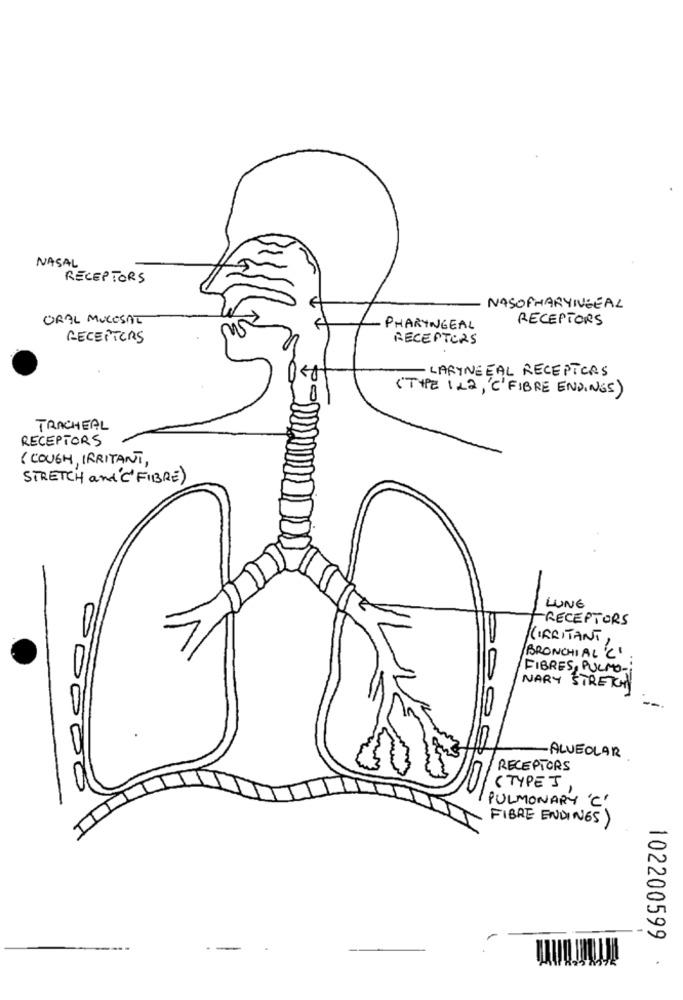
NASAL
RECEPTORS
NASOPHARYNGEAL
ORAL MUCOSAL
RECEPTORS
PHARYNGEAL
RECEPTORS
RECEPTORS
- LARYNGEAL RECEPTORS
(TYPE IL2, 'C'FIBRE ENDINGS)
TRACHEAL
RECEPTORS
( COUGH, IRRITANT,
STRETCH and'"FIBRE)
LUNE
-RECEPTORS
KIRRITANT,
BRONCHIAL 'C'
FIBRES, PULMO -:
NARY STRETCHY
- ALVEOLAR
RECEPTORS
(TYPES,
PULMONARY 'C'
FIBRE ENDINGS)
102200599